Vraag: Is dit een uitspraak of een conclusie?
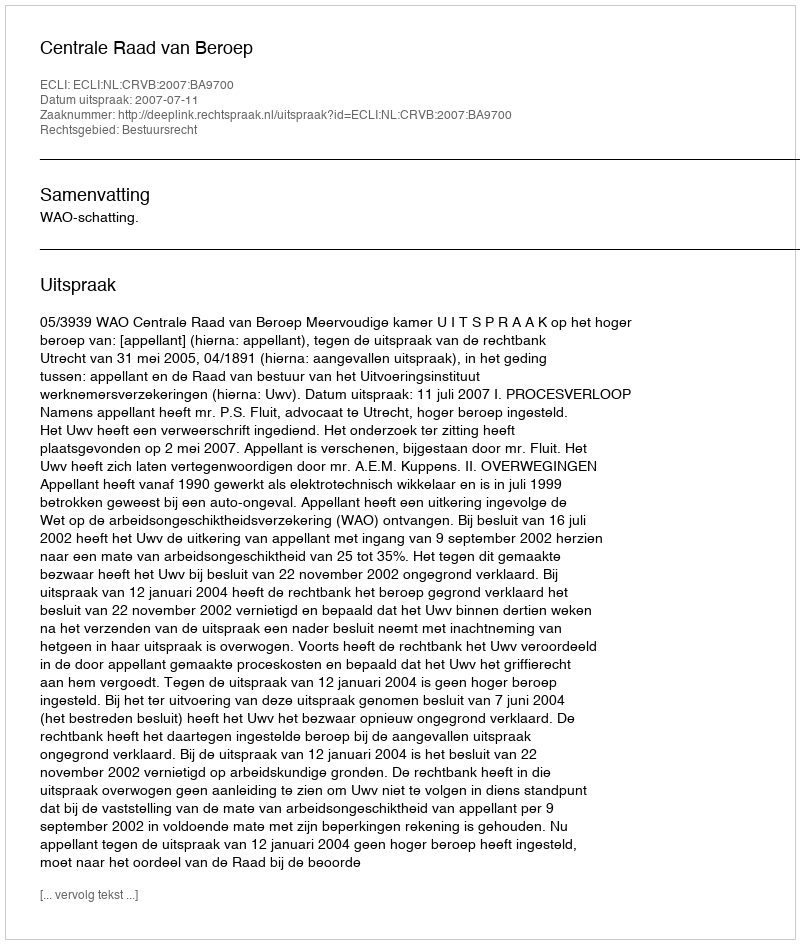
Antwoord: Uitspraak